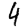
Digit: 4